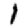
Digit: 1